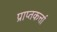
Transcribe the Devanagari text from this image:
प्राप्तकर्त्ता